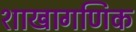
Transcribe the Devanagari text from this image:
शाखागणिक